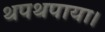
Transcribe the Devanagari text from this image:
थपथपाया।